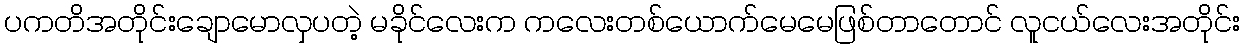
ပကတိအတိုင်းချောမောလှပတဲ့ မခိုင်လေးက ကလေးတစ်ယောက်မေမေဖြစ်တာတောင် လူငယ်လေးအတိုင်း